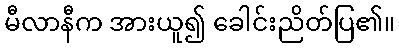
မီလာနီက အားယူ၍ ခေါင်းညိတ်ပြ၏။